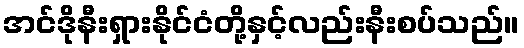
အင်ဒိုနီးရှားနိုင်ငံတို့နှင့်လည်းနီးစပ်သည်။